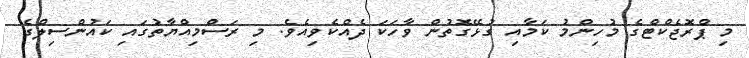
މި ޕްރޮޖެކްޓްގެ މުހިންމު ކަމާއި ގުޅޭގޮތުން ވާހަކަ ދެއްކެވިއެވެ. މި ރަސްމިއްޔާތުގައި ކައުންސިލްގެ